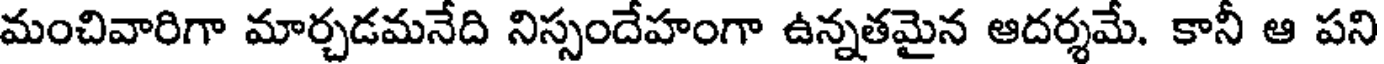
మంచివారిగా మార్చడమనేది నిస్సందేహంగా ఉన్నతమైన ఆదర్శమే. కానీ ఆ పని